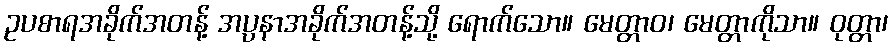
ဥပစာရအခိုက်အတန့် အပ္ပနာအခိုက်အတန့်သို့ ရောက်သော။ မေတ္တာဝ၊ မေတ္တာကိုသာ။ ဝုတ္တာ၊